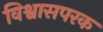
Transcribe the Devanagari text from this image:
विश्वासपरक